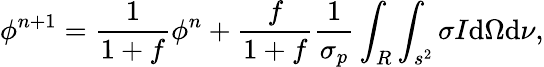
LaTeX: \phi^{n+1}=\frac{1}{1+f}\phi^{n}+\frac{f}{1+f}\frac{1}{\sigma_{p}}\int_{R}\int_{s^{2}}\sigma I\mathrm{d}\Omega\mathrm{d}\nu,